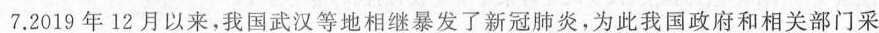
7.2019年12月以来，我国武汉等地相继暴发了新冠肺炎，为此我国政府和相关部门采